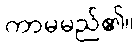
ကာမမည်၏။